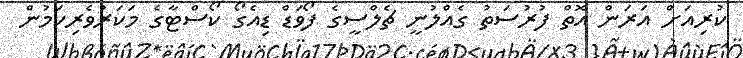
ކުރިއަށް އަރަން އޮތް ފުރުސަތު ގެއްލުނީ ޗެލްސީގެ ފޯވަޑް ޑިއެގޯ ކޯސްޓާގެ މަކަރުވެރިކަމުން